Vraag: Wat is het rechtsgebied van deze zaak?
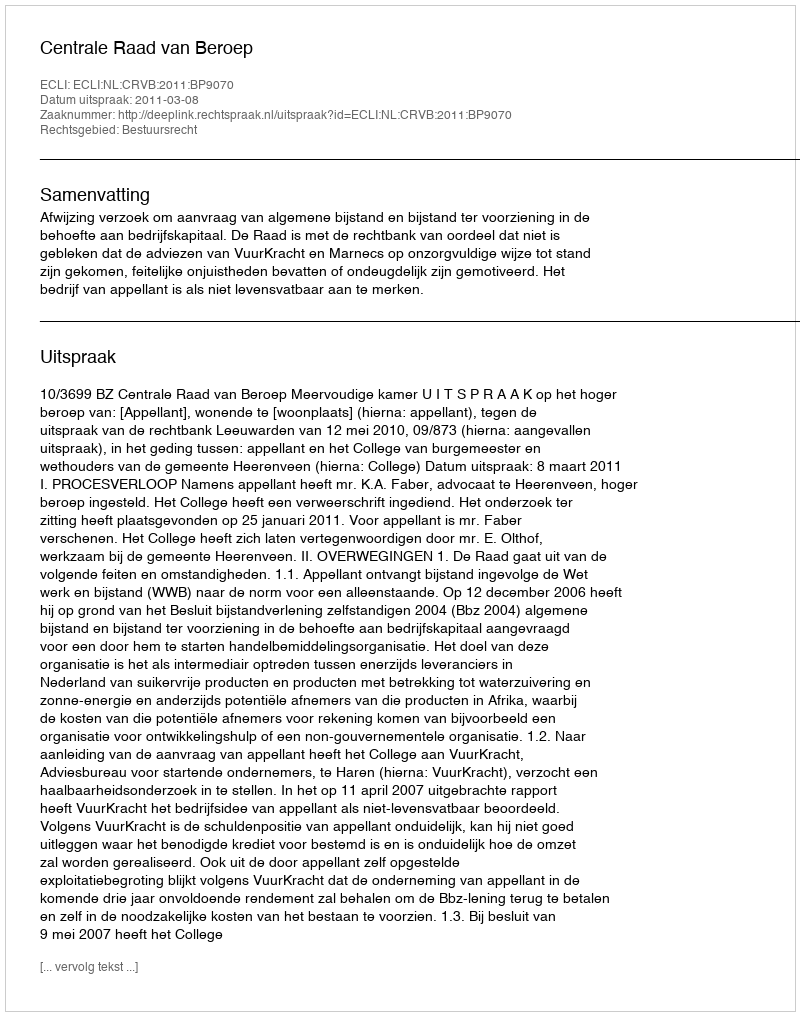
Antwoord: Bestuursrecht